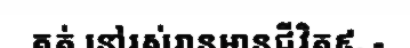
គត់ នៅរស់រានមានជីវិត៩. -